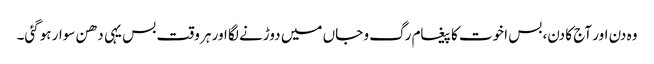
وہ دن اور آج کا دن، بس اخوت کا پیغام رگ و جاں میں دوڑنے لگا اور ہر وقت بس یہی دھن سوار ہوگئی۔